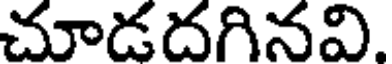
చూడదగినవి.